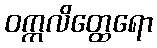
ဝက္ကလိတ္ထေရော